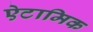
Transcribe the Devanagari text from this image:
ऐटामिक